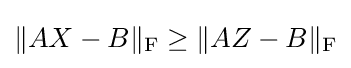
\|AX-B\|_{\mathrm {F} }\geq \|AZ-B\|_{\mathrm {F} }